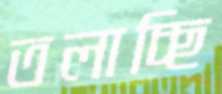
তলাচ্ছি